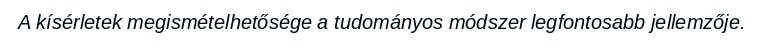
A kísérletek megismételhetősége a tudományos módszer legfontosabb jellemzője.